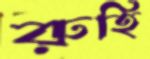
রুহি